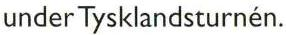
under Tysklandsturnén.